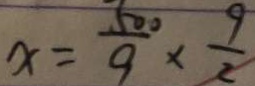
x = \frac { 5 0 0 } { 9 } \times \frac { 9 } { 2 }